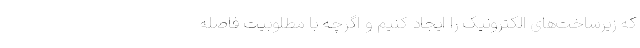
که زیرساخت‌‌های الکترونیک را ایجاد کنیم و اگرچه با مطلوبیت فاصله